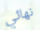
نهائي